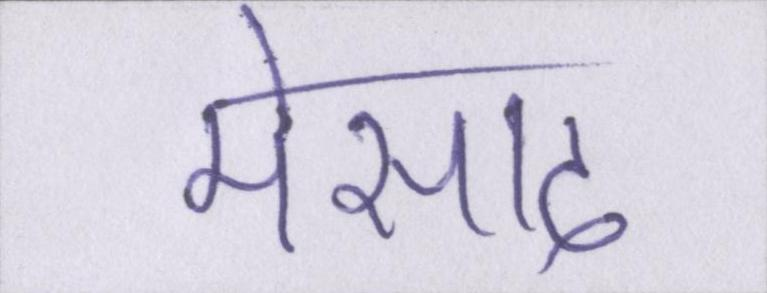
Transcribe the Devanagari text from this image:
मोसाद